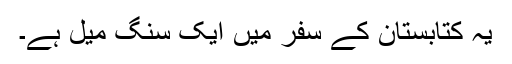
یہ کتابستان کے سفر میں ایک سنگ میل ہے۔